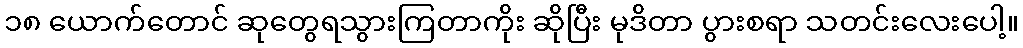
၁၈ ယောက်တောင် ဆုတွေရသွားကြတာကိုး ဆိုပြီး မုဒိတာ ပွားစရာ သတင်းလေးပေါ့။